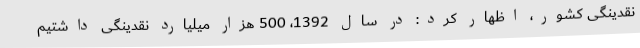
نقدینگی کشور، اظهار کرد: در سال 1392، 500 هزار میلیارد نقدینگی داشتیم